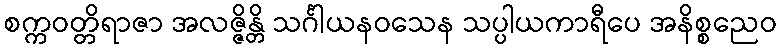
စက္ကဝတ္တိရာဇာ အလဇ္ဇိန္တိ သင်္ဂါယနဝသေန သပ္ပါယကာရီပေ အနိစ္စညေဝ